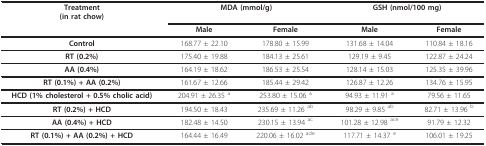
<table><thead><tr><td><b>Treatment(in rat chow)</b></td><td colspan="2"><b>MDA (mmol/g)</b></td><td colspan="2"><b>GSH (nmol/100 mg)</b></td></tr><tr><td></td><td><b>Male</b></td><td><b>Female</b></td><td><b>Male</b></td><td><b>Female</b></td></tr></thead><tbody><tr><td><b>Control</b></td><td>168.77 ± 22.10</td><td>178.80 ± 15.99</td><td>131.68 ± 14.04</td><td>110.84 ± 18.16</td></tr><tr><td><b>RT (0.2%)</b></td><td>175.40 ± 19.88</td><td>184.13 ± 25.61</td><td>129.19 ± 9.45</td><td>122.87 ± 24.24</td></tr><tr><td><b>AA (0.4%)</b></td><td>164.19 ± 18.62</td><td>186.53 ± 25.54</td><td>128.14 ± 15.03</td><td>125.35 ± 39.96</td></tr><tr><td><b>RT (0.1%) + AA (0.2%)</b></td><td>161.67 ± 12.66</td><td>185.44 ± 29.42</td><td>126.87 ± 12.26</td><td>134.76 ± 15.95</td></tr><tr><td><b>HCD (1% cholesterol + 0.5% cholic acid)</b></td><td>204.91 ± 26.35 <sup>a</sup></td><td>253.80 ± 15.06 <sup>a</sup></td><td>94.93 ± 11.91 <sup>a</sup></td><td>79.56 ± 11.65</td></tr><tr><td><b>RT (0.2%) + HCD</b></td><td>194.50 ± 18.43</td><td>235.69 ± 11.26 <sup>ab</sup></td><td>98.29 ± 9.85 <sup>ab</sup></td><td>82.71 ± 13.96 <sup>b</sup></td></tr><tr><td><b>AA (0.4%) + HCD</b></td><td>182.48 ± 14.50</td><td>230.15 ± 13.94 <sup>ac</sup></td><td>101.28 ± 12.98 <sup>ace</sup></td><td>91.79 ± 12.32</td></tr><tr><td><b>RT (0.1%) + AA (0.2%) + HCD</b></td><td>164.44 ± 16.49</td><td>220.06 ± 16.02 <sup>ade</sup></td><td>117.71 ± 14.37 <sup>e</sup></td><td>106.01 ± 19.25</td></tr></tbody></table>